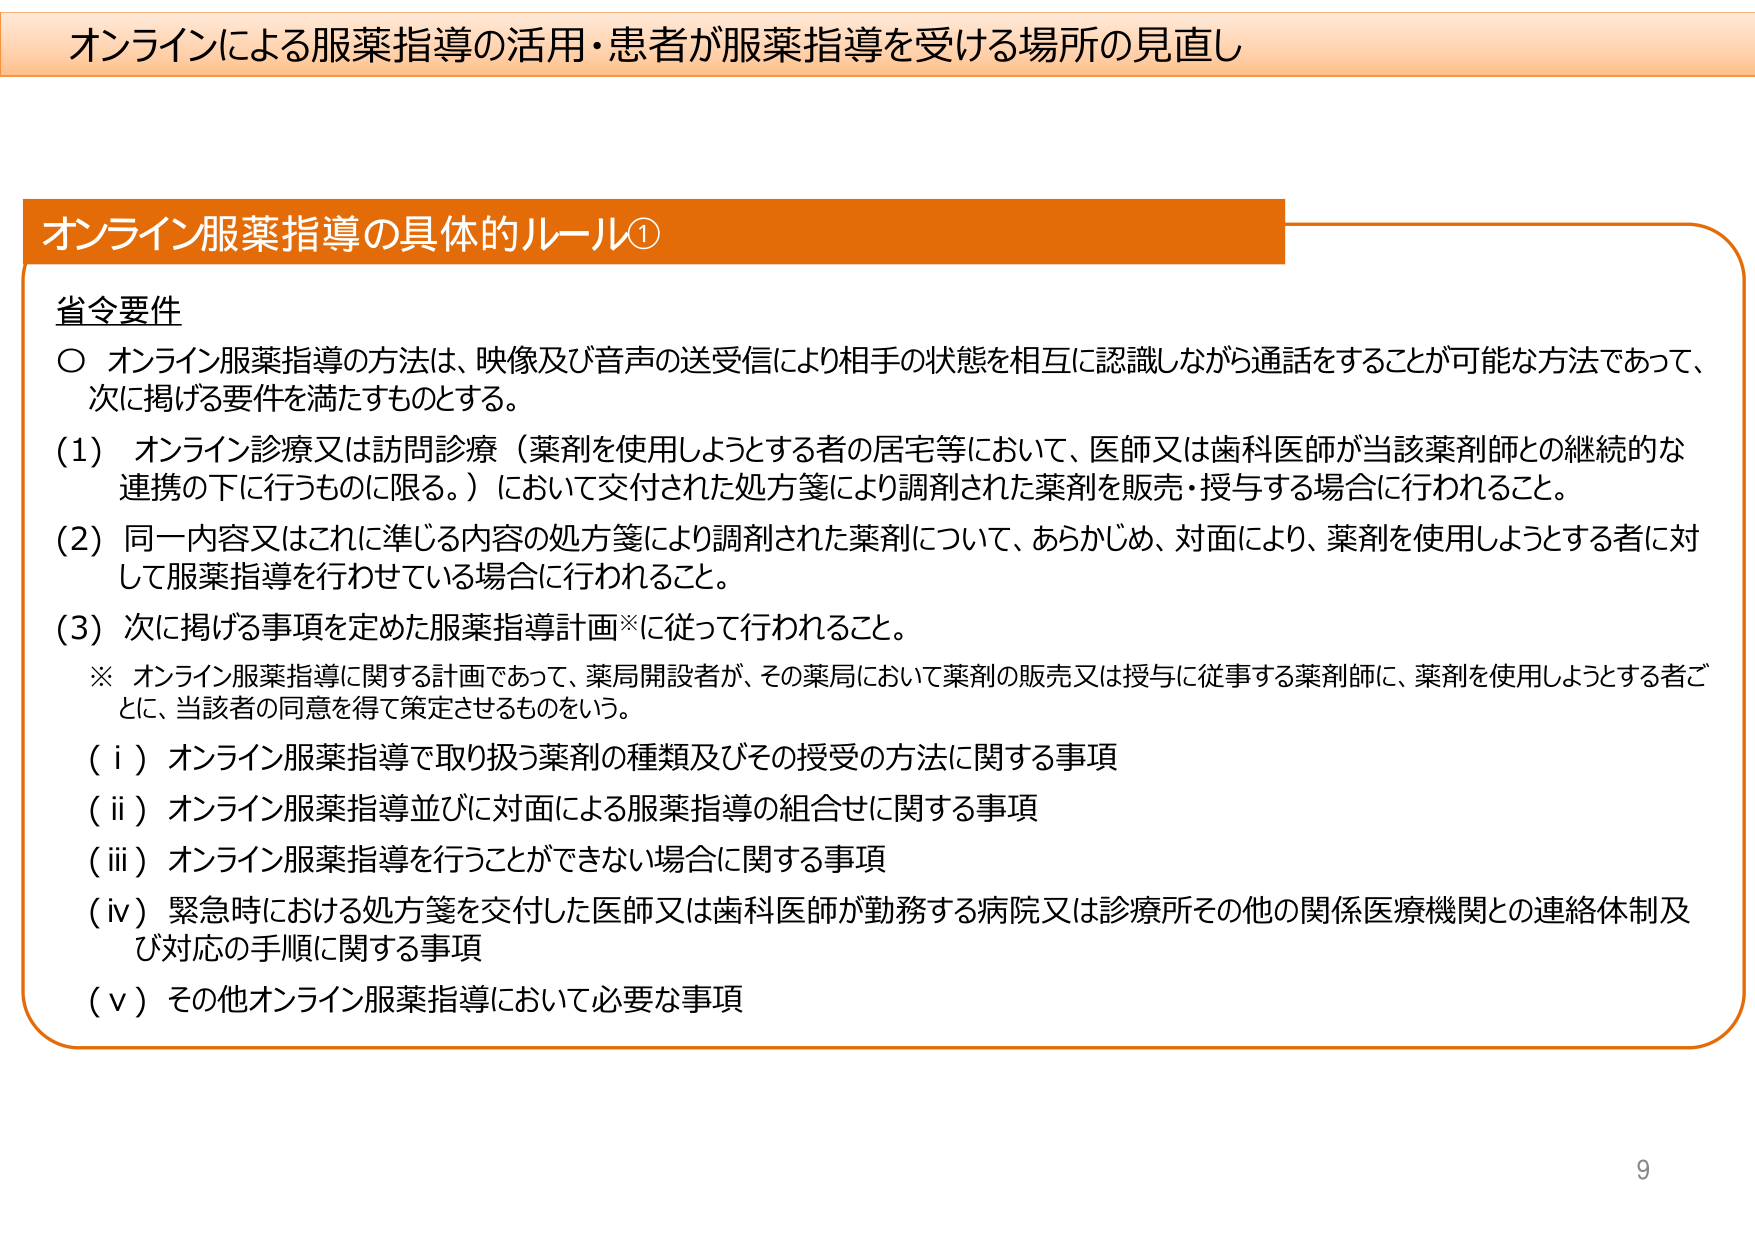
オンラインによる服薬指導の活用・患者が服薬指導を受ける場所の見直し

オンライン服薬指導の具体的ルール①

省令要件
○ オンライン服薬指導の方法は、映像及び音声の送受信により相手の状態を相互に認識しながら通話をすることが可能な方法であって、次に掲げる要件を満たすものとする。
(1) オンライン診療又は訪問診療（薬剤を使用しようとする者の居宅等において、医師又は歯科医師が当該薬剤師との継続的な連携の下に行うものに限る。）において交付された処方箋により調剤された薬剤を販売・授与する場合に行われること。
(2) 同一内容又はこれに準じる内容の処方箋により調剤された薬剤について、あらかじめ、対面により、薬剤を使用しようとする者に対して服薬指導を行わせている場合に行われること。
(3) 次に掲げる事項を定めた服薬指導計画※に従って行われること。
※ オンライン服薬指導に関する計画であって、薬局開設者が、その薬局において薬剤の販売又は授与に従事する薬剤師に、薬剤を使用しようとする者ごとに、当該者の同意を得て策定させるものをいう。
（ⅰ）オンライン服薬指導で取り扱う薬剤の種類及びその授受の方法に関する事項
（ⅱ）オンライン服薬指導並びに対面による服薬指導の組合せに関する事項
（ⅲ）オンライン服薬指導を行うことができない場合に関する事項
（ⅳ）緊急時における処方箋を交付した医師又は歯科医師が勤務する病院又は診療所その他の関係医療機関との連絡体制及び対応の手順に関する事項
（ⅴ）その他オンライン服薬指導において必要な事項

9